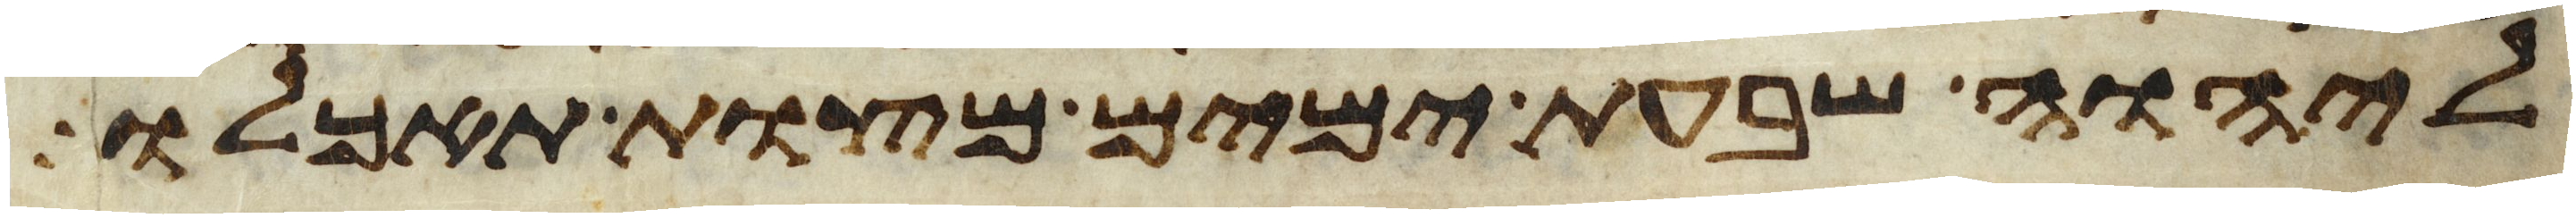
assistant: ליהוה שבעת ימים מצות תאכלו